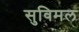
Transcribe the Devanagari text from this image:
सुविमल